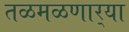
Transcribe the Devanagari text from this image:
तळमळणार्‍या